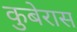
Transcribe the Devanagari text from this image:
कुबेरास